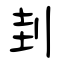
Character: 刲